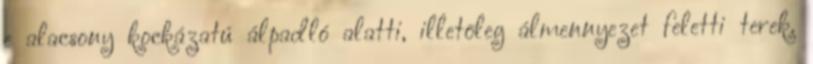
e alacsony kockázatú álpadló alatti, illetõleg álmennyezet feletti terek.